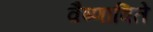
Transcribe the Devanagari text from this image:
वैष्णाविते